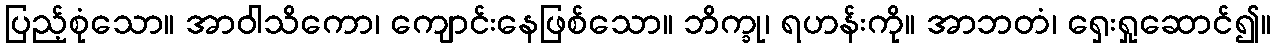
ပြည့်စုံသော။ အာဝါသိကော၊ ကျောင်းနေဖြစ်သော။ ဘိက္ခု၊ ရဟန်းကို။ အာဘတံ၊ ရှေးရှုဆောင်၍။